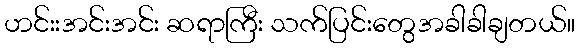
ဟင်းးအင်းအင်း ဆရာကြီး သက်ပြင်းတွေအခါခါချတယ်။